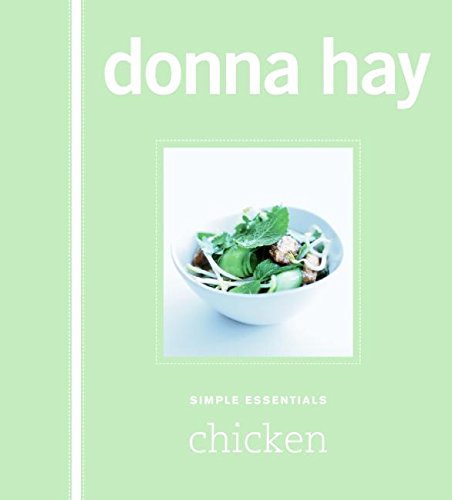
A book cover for Simple Essentials Chicken; Donna Hay; Cookbooks, Food & Wine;